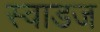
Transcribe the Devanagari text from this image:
स्वाडज